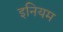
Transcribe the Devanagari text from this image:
इनियम